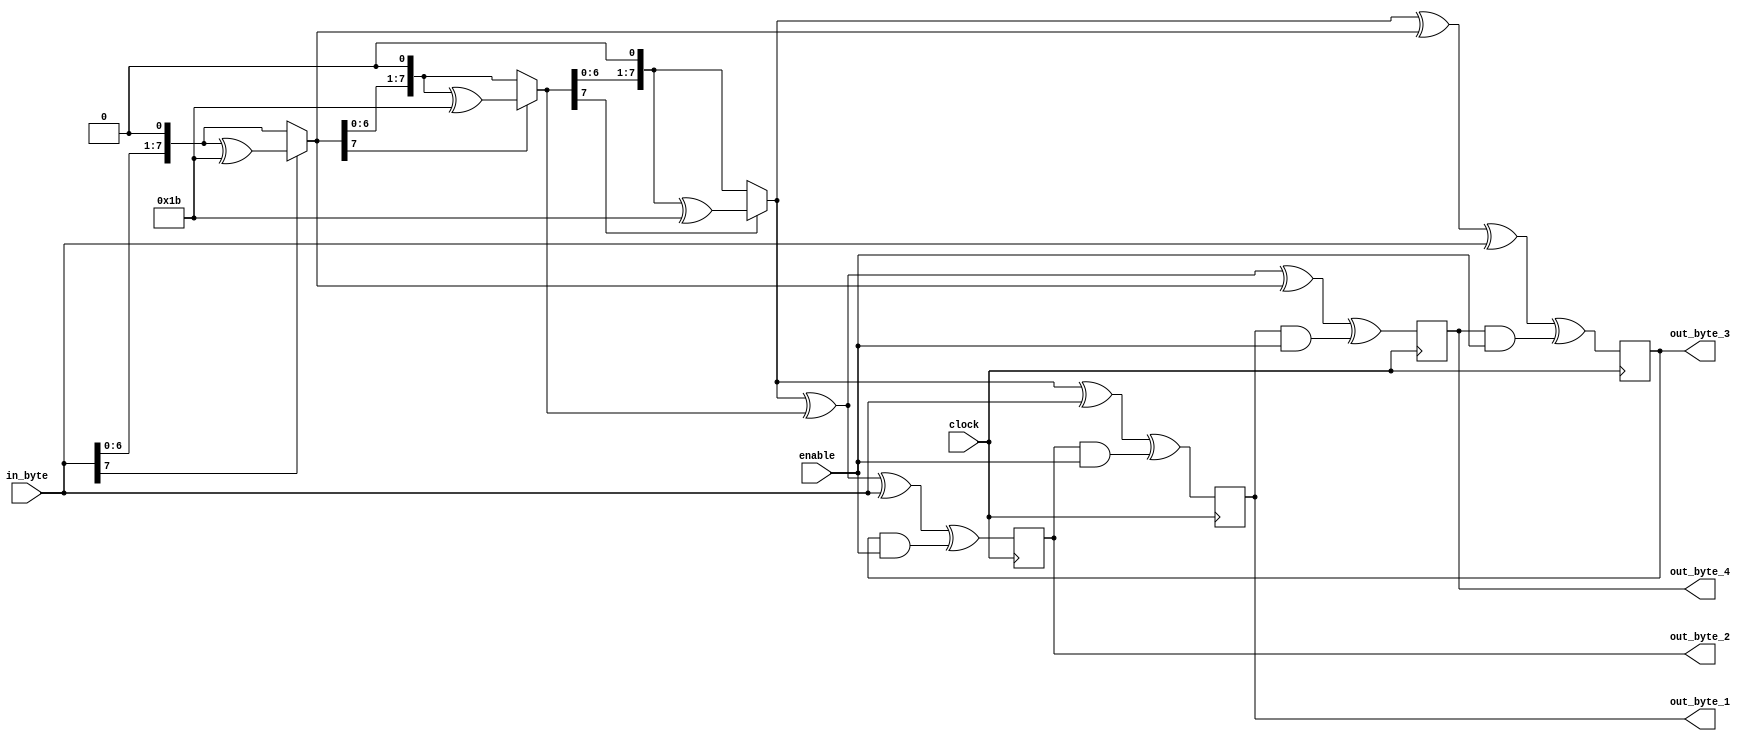
`timescale 1ns / 1ps

module invMixColumns_v1(in_byte, clock, enable, out_byte_1, out_byte_2, out_byte_3, out_byte_4);

input [7:0] in_byte;
input [7:0] enable;
input clock;
output reg [7:0] out_byte_1=8'b00000000;
output reg [7:0] out_byte_2=8'b00000000;
output reg [7:0] out_byte_3=8'b00000000;
output reg [7:0] out_byte_4=8'b00000000;

// Temporary variables to store the inbtermediate result of 2^2 and 2^3
reg [7:0] mult4;
reg [7:0] mult8;

reg [7:0] temp;

//Counter
integer i;

//This function multiples the input by 2
function [7:0] mult2;
input [7:0] num;
begin
    if (num [7] == 1) 
        mult2 = (num << 1) ^ 8'h1b;
    else 
        mult2 = num << 1;
end
endfunction

//This function multiples the input by 09
//Multiply by 9 = multiply by (8+1) = (2^3) + 1
//It will multiply input by 2 three times to get 2^3 and store it in mult8
//It will then XOR (add) mult8 and the original input
function [7:0] mult9;
input [7:0] num;
begin
    mult8 = num;
    for (i=0; i<3; i=i+1)begin
        mult8 = mult2(mult8);
    end
        mult9 = mult8 ^ num;
end
endfunction


//This function multiples the input by 0B
//Multiply by 0B = multiply by (8+2+1) = (2^3) + 2 + 1
//It will multiply input by 2 three times to get 2^3 and store it in mult8
//It will then XOR (add) mult8, the original input after it is multiplied by 2 and the original input
function [7:0] multB;
input [7:0] num;
begin
    mult8 = num;
    for (i=0; i<3; i=i+1)begin
        mult8 = mult2(mult8);
    end
        multB = mult8 ^ mult2(num) ^ num;
end
endfunction


//This function multiples the input by 0D
//Multiply by 0D = multiply by (8+4+1) = (2^3) + (2^2) + 1
//It will multiply input by 2 two times to get 2^2 and store it in mult4
//It will multiply input by 2 three times to get 2^3 and store it in mult8
//It will then XOR (add) mult8, mult4 and the original input 
function [7:0] multD;
input [7:0] num;
begin
    mult8 = num;
    mult4 = num;
    for (i=0; i<3; i=i+1)begin
        mult8 = mult2(mult8);
    end
    for (i=0; i<2; i=i+1) begin
        mult4 = mult2(mult4);
    end
        multD = mult8 ^ mult4 ^ num;
end
endfunction


//This function multiples the input by 0D
//Multiply by 0D = multiply by (8+4+1) = (2^3) + (2^2) + 1
//It will multiply input by 2 two times to get 2^2 and store it in mult4
//It will multiply input by 2 three times to get 2^3 and store it in mult8
//It will then XOR (add) mult8, mult4 and the original input 
function [7:0] multE;
input [7:0] num;
begin
    mult8 = num;
    mult4 = num;
    for (i=0; i<3; i=i+1)begin
        mult8 = mult2(mult8);
    end
    for (i=0; i<2; i=i+1) begin
        mult4 = mult2(mult4);
    end
        multE = mult8 ^ mult4 ^ mult2(num);
end
endfunction


always @(posedge clock) begin
//blocking assigment is used to ensure that all the old register values are used to determine the new ones

temp = out_byte_1 & enable;

out_byte_1 = mult9(in_byte) ^ (out_byte_2 & enable);
out_byte_2 = multD(in_byte) ^ (out_byte_3 & enable);
out_byte_3 = multB(in_byte) ^ (out_byte_4 & enable);
//out_byte_4 = multE(in_byte) ^ (out_byte_1 & enable);
out_byte_4 = multE(in_byte) ^ temp;

end 




endmodule